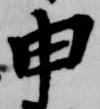
申